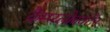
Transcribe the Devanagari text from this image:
कैम्प्य्लोबक्टेर